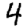
Digit: 4